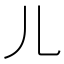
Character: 儿